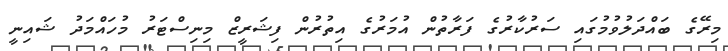
މިރޭގެ ބައްދަލުވުމުގައި ސަރުކާރުގެ ފަރާތުން އުމަރުގެ އިތުުރުން ފިޝަރީޒް މިނިސްޓަރު މުހައްމަދު ޝައިނީ